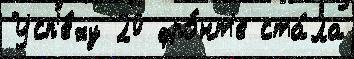
Усп'е́ху 20 фро́нт'е ста́ла